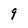
Character: 9